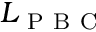
L _ { \mathrm { ~ P ~ B ~ C ~ } }